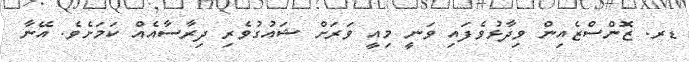
ޑރ. ޒޮންސްޒެއިން ވިދާޅުވެފައި ވަނީ މިއީ ވަރަށް ޝައުގުވެރި ދިރާސާއެއް ކަމަށެވެ. އޭނާ